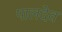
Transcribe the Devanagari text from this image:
पालदेव